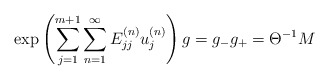
\begin{align*}\exp \left({\sum_{j=1}^{m+1} \sum_{n=1}^{\infty} E^{(n)}_{jj}u^{(n)}_j} \right)g= g_{-}g_{+} = \Theta^{-1} M\end{align*}